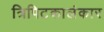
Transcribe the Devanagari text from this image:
त्रिपिटकालंकार